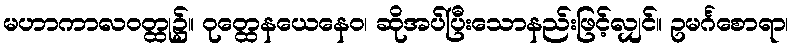
မဟာကာလဝတ္ထု၌။ ဝုတ္ထေနယေနေဝ၊ ဆိုအပ်ပြီးသောနည်းဖြင့်လျှင်။ ဥမင်္ဂစောရာ၊